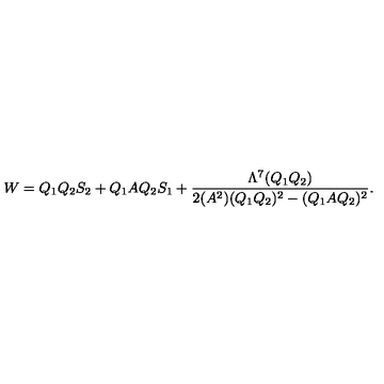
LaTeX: W = Q _ { 1 } Q _ { 2 } S _ { 2 } + Q _ { 1 } A Q _ { 2 } S _ { 1 } + \frac { \Lambda ^ { 7 } ( Q _ { 1 } Q _ { 2 } ) } { 2 ( A ^ { 2 } ) ( Q _ { 1 } Q _ { 2 } ) ^ { 2 } - ( Q _ { 1 } A Q _ { 2 } ) ^ { 2 } } .